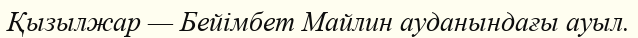
Қызылжар — Бейімбет Майлин ауданындағы ауыл.